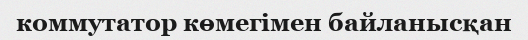
коммутатор көмегімен байланысқан